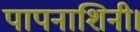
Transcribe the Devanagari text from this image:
पापनाशिनी।